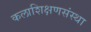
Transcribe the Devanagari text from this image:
कलाशिक्षणसंस्था